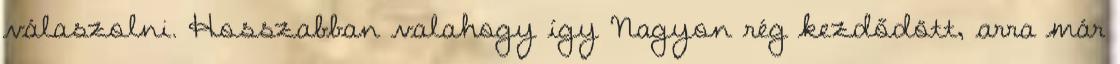
válaszolni. Hosszabban valahogy így Nagyon rég kezdődött, arra már